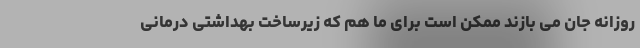
روزانه جان می‌ بازند ممکن است برای ما هم که زیرساخت بهداشتی درمانی